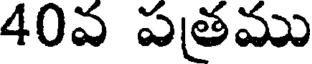
40వ పతము